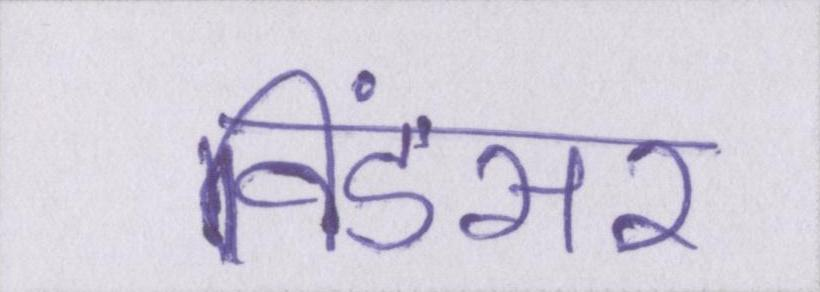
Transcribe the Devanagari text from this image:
विंडसर